Sleeping sickness
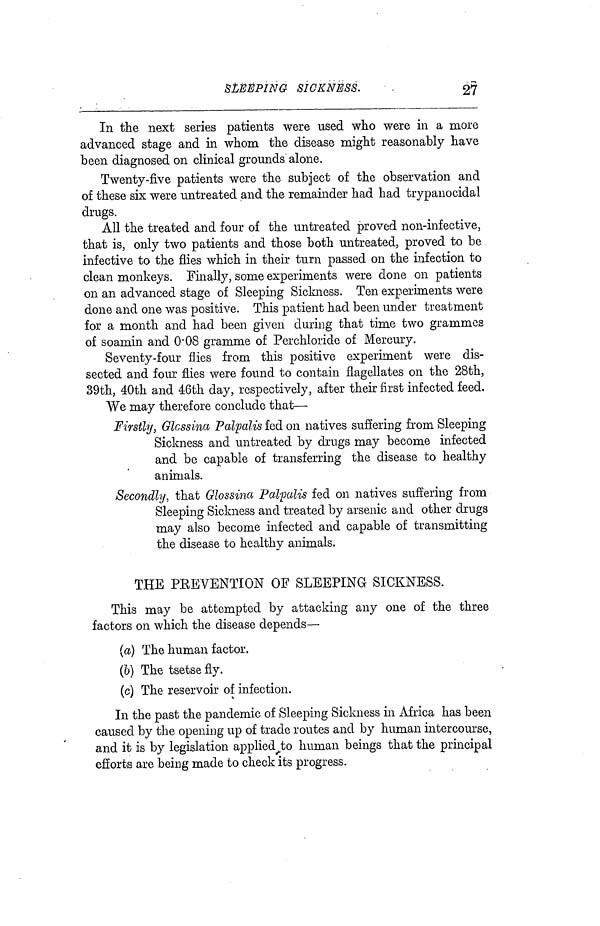
SLEEPING SICKNESS.
27
In the next series patients were used who were in a more
advanced stage and in whom the disease might reasonably have
been diagnosed on clinical grounds alone.
Twenty-five patients were the subject of the observation and
of these six were tintreated and the remainder had had trypanocidal
drugs.
All the treated and four of the untreated proved non-infective,
that is, only two patients and those both untreated, proved to be
infective to the flies which in their turn passed on the infection to
clean monkeys. Finally, some experiments were done on patients
on an advanced stage of Sleeping Sickness. Ten experiments were
done and one was positive. This patient had been under treatment
for a month and had been given during that time two grammes
of soamin and 0·08 gramme of Perchloride of Mercury.
Seventy-four flies from this positive experiment were dis-
sected and four flies were found to contain flagellates on the 28th,
39th, 40th and 46th day, respectively, after their first infected feed.
We may therefore conclude that—
Firstly, Glossina Palpalis fed on natives suffering from Sleeping
Sickness and untreated by drugs may become infected
and be capable of transferring the disease to healthy
animals.
Secondly, that Glossina Palpalis fed on natives suffering from
Sleeping Sickness and treated by arsenic and other drugs
may also become infected and capable of transmitting
the disease to healthy animals.
THE PREVENTION OF SLEEPING SICKNESS.
This may be attempted by attacking any one of the three
factors on which the disease depends—
(a) The human factor.
(6) The tsetse fly.
(c) The reservoir of infection.
In the past the pandemic of Sleeping Sickness in Africa has been
caused by the opening up of trade routes and by human intercourse,
and it is by legislation applied to human beings that the principal
efforts are being made to check its progress.